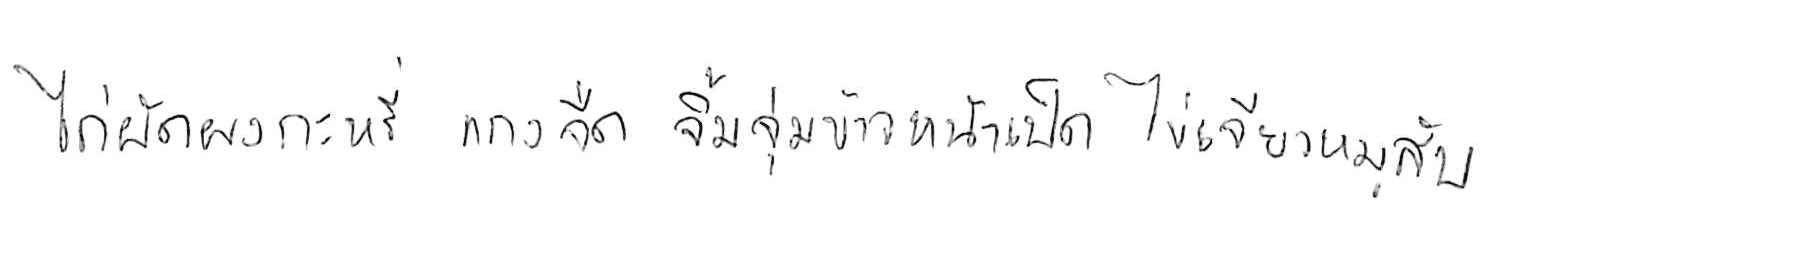
ไก่ผัดผงกะหรี่ แกงจืด จิ้มจุ่ม ข้าวหน้าเป็ด ไข่เจียวหมูสับ